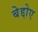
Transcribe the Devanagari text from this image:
बेद्दोए